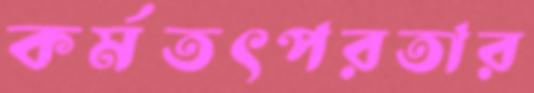
কর্মতৎপরতার